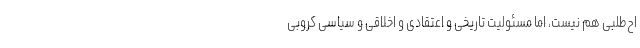
اح‌طلبی هم نیست، اما مسئولیت تاریخی و اعتقادی و اخلاقی و سیاسی کروبی